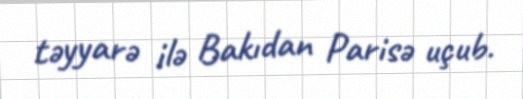
təyyarə ilə Bakıdan Parisə uçub.